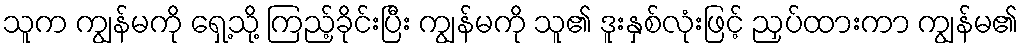
သူက ကျွန်မကို ရှေ့သို့ ကြည့်ခိုင်းပြီး ကျွန်မကို သူ၏ ဒူးနှစ်လုံးဖြင့် ညှပ်ထားကာ ကျွန်မ၏